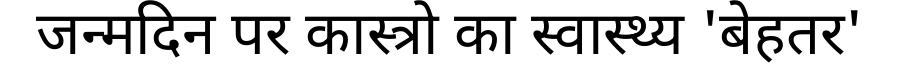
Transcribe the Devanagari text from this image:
जन्मदिन पर कास्त्रो का स्वास्थ्य 'बेहतर'